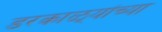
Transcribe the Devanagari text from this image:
डरकाळ्यांच्या